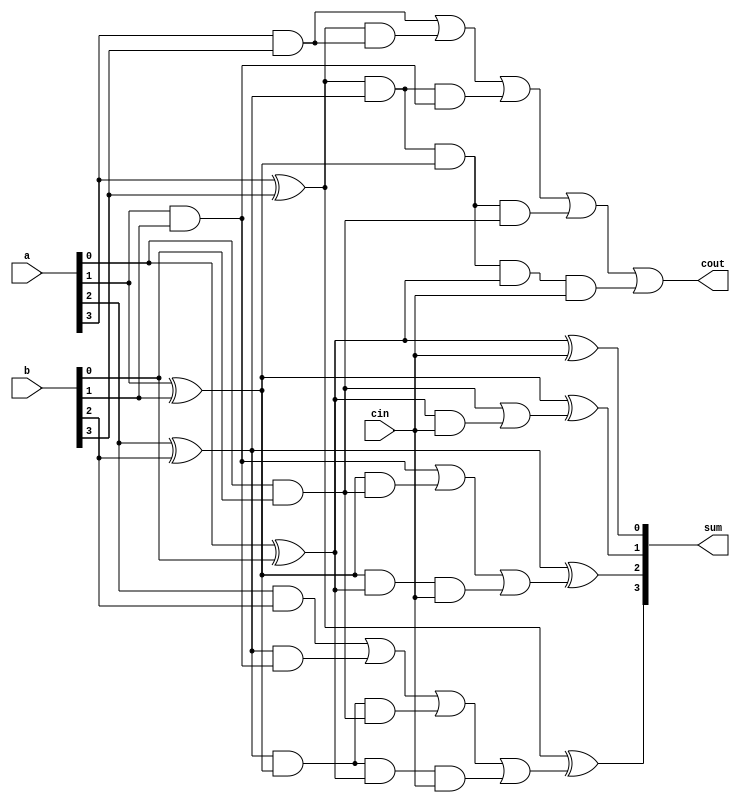
module carrylookahead (a,b,cin,sum,cout);
  input [3:0]a;
  input [3:0]b;
  input cin;
  output [3:0]sum;
  output cout;
  wire p0,g0,p1,g1,p2,g2,p3,g3;
  wire c1,c2,c3;
  
  assign p0 = a[0] ^ b[0], p1 = a[1] ^ b[1],
         p2 = a[2] ^ b[2], p3 = a[3] ^ b[3];
         
  assign g0 = a[0] & b[0], g1 = a[1] & b[1],
         g2 = a[2] & b[2], g3 = a[3] & b[3];
  
  assign c1 = g0 | (p0 & cin),
         c2 = g1 | (p1 & g0) | (p1 & p0 & cin),
         c3 = g2 | (p2 & g1) | (p2 & p1 & g0) | (p2 & p1 & p0 & cin),
       cout = g3 | (p3 & g3) | (p3 & p2 & g1) | (p3 & p2 & p1 & g0) | (p3 & p2 & p1 & p0 & cin);
       
  assign sum[0] = p0 ^ cin,
         sum[1] = p1 ^ c1,
         sum[2] = p2 ^ c2,
         sum[3] = p3 ^ c3;
         
endmodule